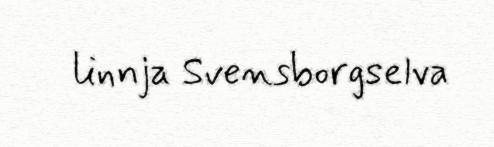
linnja Svensborgselva